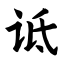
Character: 诋